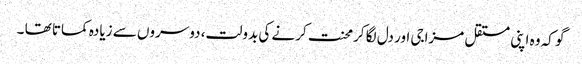
گو کہ وہ اپنی مستقل مزاجی اور دل لگا کرمحنت کرنے کی بدولت، دوسروں سے زیادہ کماتا تھا ۔